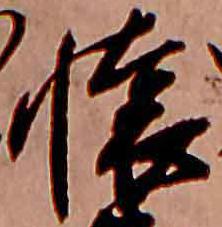
懐